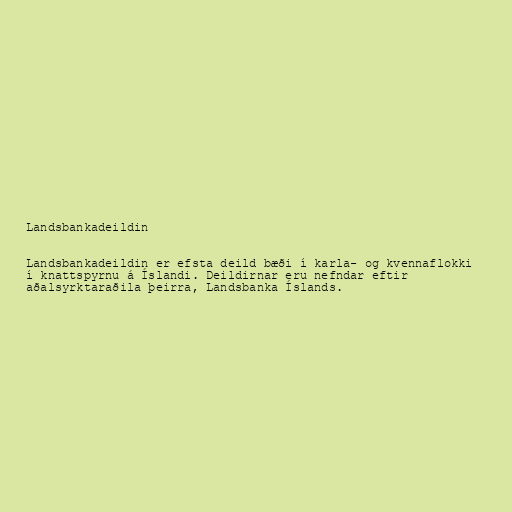
Landsbankadeildin

Landsbankadeildin er efsta deild bæði í karla- og kvennaflokki
í knattspyrnu á Íslandi. Deildirnar eru nefndar eftir
aðalsyrktaraðila þeirra, Landsbanka Íslands.